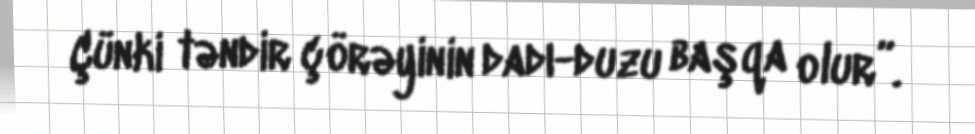
Çünki təndir çörəyinin dadı-duzu başqa olur”.